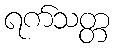
ရက်သတ္တ